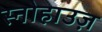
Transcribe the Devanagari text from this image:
स्नोहाउज़